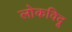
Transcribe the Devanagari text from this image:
लोकविदू